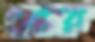
ঘোর